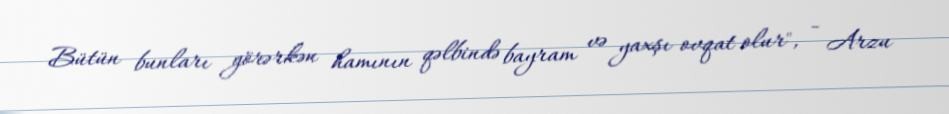
Bütün bunları görərkən hamının qəlbində bayram və yaxşı ovqat olur", - Arzu